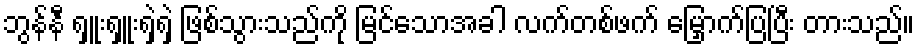
ဘွန်နီ ရှူးရှူးရှဲရှဲ ဖြစ်သွားသည်ကို မြင်သောအခါ လက်တစ်ဖက် မြှောက်ပြပြီး တားသည်။